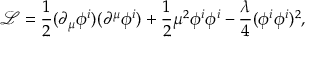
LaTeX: { \mathcal { L } } = { \frac { 1 } { 2 } } ( \partial _ { \mu } \phi ^ { i } ) ( \partial ^ { \mu } \phi ^ { i } ) + { \frac { 1 } { 2 } } \mu ^ { 2 } \phi ^ { i } \phi ^ { i } - { \frac { \lambda } { 4 } } ( \phi ^ { i } \phi ^ { i } ) ^ { 2 } ,